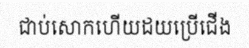
ជាប់សោកហើយដយប្រើជើង